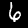
Label: 6